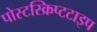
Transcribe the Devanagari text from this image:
पोस्टस्क्रिप्टटाइप